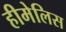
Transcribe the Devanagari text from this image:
हीमेलिस